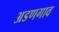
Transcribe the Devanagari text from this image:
अडणगाव